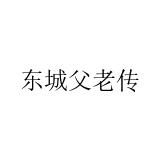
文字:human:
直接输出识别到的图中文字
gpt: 东城父老传